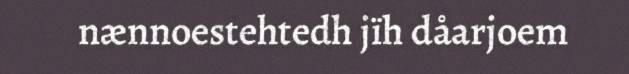
nænnoestehtedh jïh dåarjoem